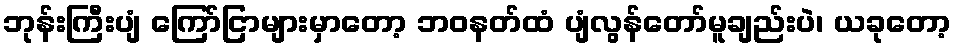
ဘုန်းကြီးပျံ ကြော်ငြာများမှာတော့ ဘဝနတ်ထံ ပျံလွန်တော်မူချည်းပဲ၊ ယခုတော့